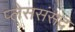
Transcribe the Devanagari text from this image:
प्लेससंसद